画像に写った文字を読んでください
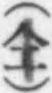
「(仝)」と書いてあります